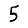
Digit: 5